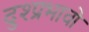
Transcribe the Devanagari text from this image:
दुश्प्रभावो